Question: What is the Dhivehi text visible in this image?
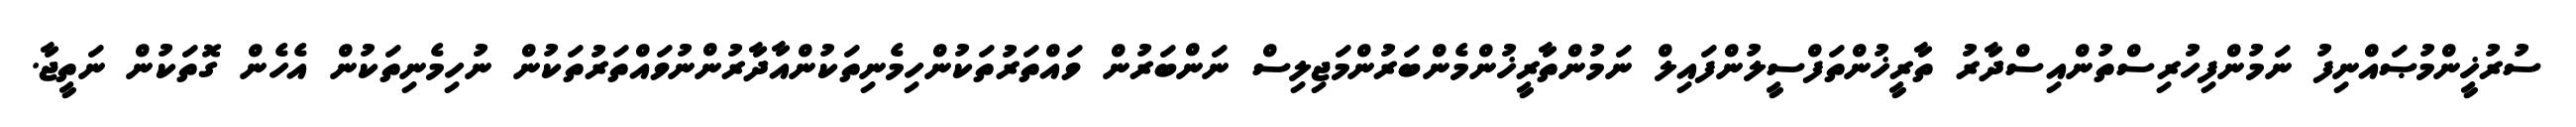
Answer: ސުރުޚީންމުޞައްނިފު ނަމުންފިހުރިސްތުންއިސްދާރު ތާރީޚުންތަފްސީލުންފައިލް ނަމުންތާރީޚުންމެންބަރުންމަޖިލިސް ނަންބަރުން ވައްތަރުތަކުންހިމެނިތަކުންއާދާރުންނުވައްތަރުތަކުން ނުހިމެނިތަކުން އެހެން ގޮތަކުން ނަތީޖާ.